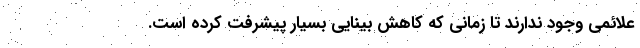
علائمی وجود ندارند تا زمانی که کاهش بینایی بسیار پیشرفت کرده است.